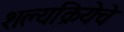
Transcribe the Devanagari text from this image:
शल्यक्रियेचे